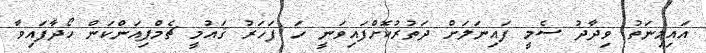
އައިމިނަތު ވިދާދު ސެމީ ފައިނަލަށް ދަތުރުކޮށްފައިވަނީ ހަ ފަހަރު ޤައުމީ ޗެމްޕިއަންކަން ހޯދާފައިވާ